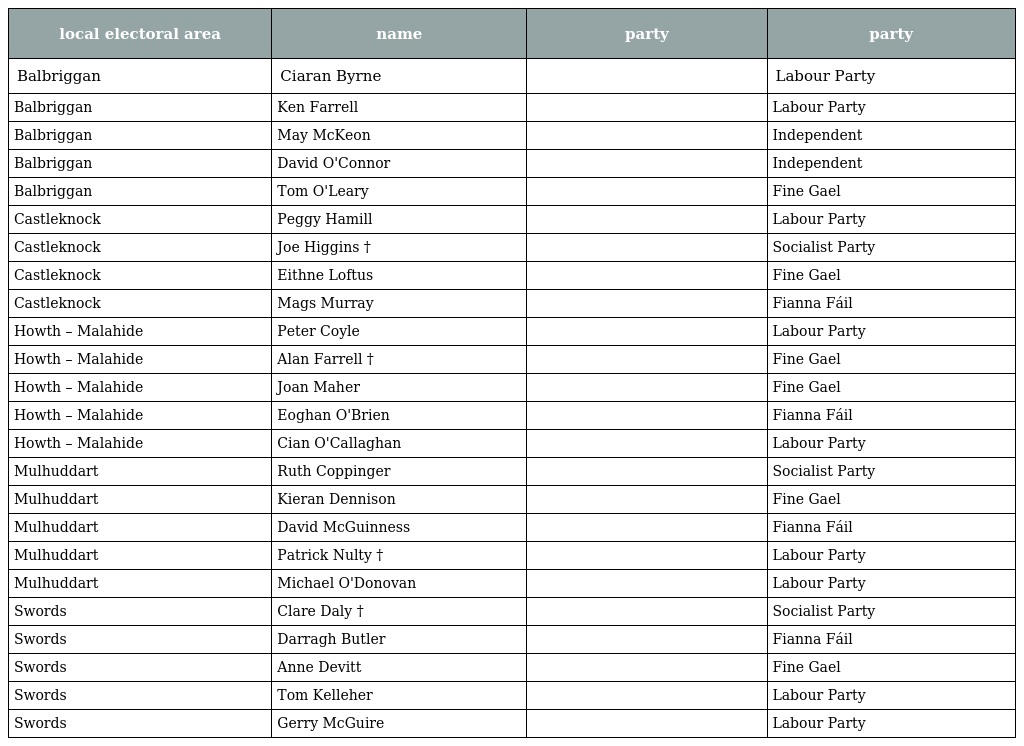
| local electoral area | name | party | party |
 | --- | --- | --- | --- |
 | Balbriggan | Ciaran Byrne |  | Labour Party |
 | Balbriggan | Ken Farrell |  | Labour Party |
 | Balbriggan | May McKeon |  | Independent |
 | Balbriggan | David O'Connor |  | Independent |
 | Balbriggan | Tom O'Leary |  | Fine Gael |
 | Castleknock | Peggy Hamill |  | Labour Party |
 | Castleknock | Joe Higgins † |  | Socialist Party |
 | Castleknock | Eithne Loftus |  | Fine Gael |
 | Castleknock | Mags Murray |  | Fianna Fáil |
 | Howth – Malahide | Peter Coyle |  | Labour Party |
 | Howth – Malahide | Alan Farrell † |  | Fine Gael |
 | Howth – Malahide | Joan Maher |  | Fine Gael |
 | Howth – Malahide | Eoghan O'Brien |  | Fianna Fáil |
 | Howth – Malahide | Cian O'Callaghan |  | Labour Party |
 | Mulhuddart | Ruth Coppinger |  | Socialist Party |
 | Mulhuddart | Kieran Dennison |  | Fine Gael |
 | Mulhuddart | David McGuinness |  | Fianna Fáil |
 | Mulhuddart | Patrick Nulty † |  | Labour Party |
 | Mulhuddart | Michael O'Donovan |  | Labour Party |
 | Swords | Clare Daly † |  | Socialist Party |
 | Swords | Darragh Butler |  | Fianna Fáil |
 | Swords | Anne Devitt |  | Fine Gael |
 | Swords | Tom Kelleher |  | Labour Party |
 | Swords | Gerry McGuire |  | Labour Party |